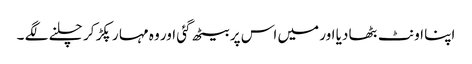
اپنا اونٹ بٹھا دیا اور میں اس پر بیٹھ گئی اور وہ مہا ر پکڑ کر چلنے لگے ۔